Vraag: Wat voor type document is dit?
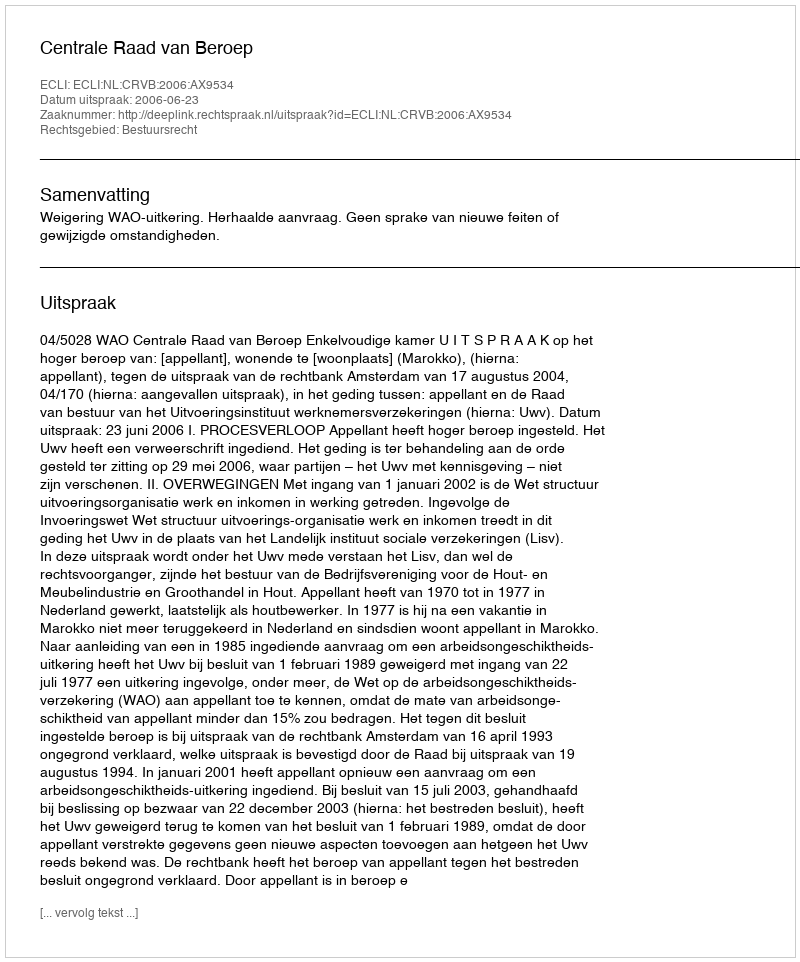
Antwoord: Uitspraak